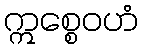
ဣစ္စေဝဟံ